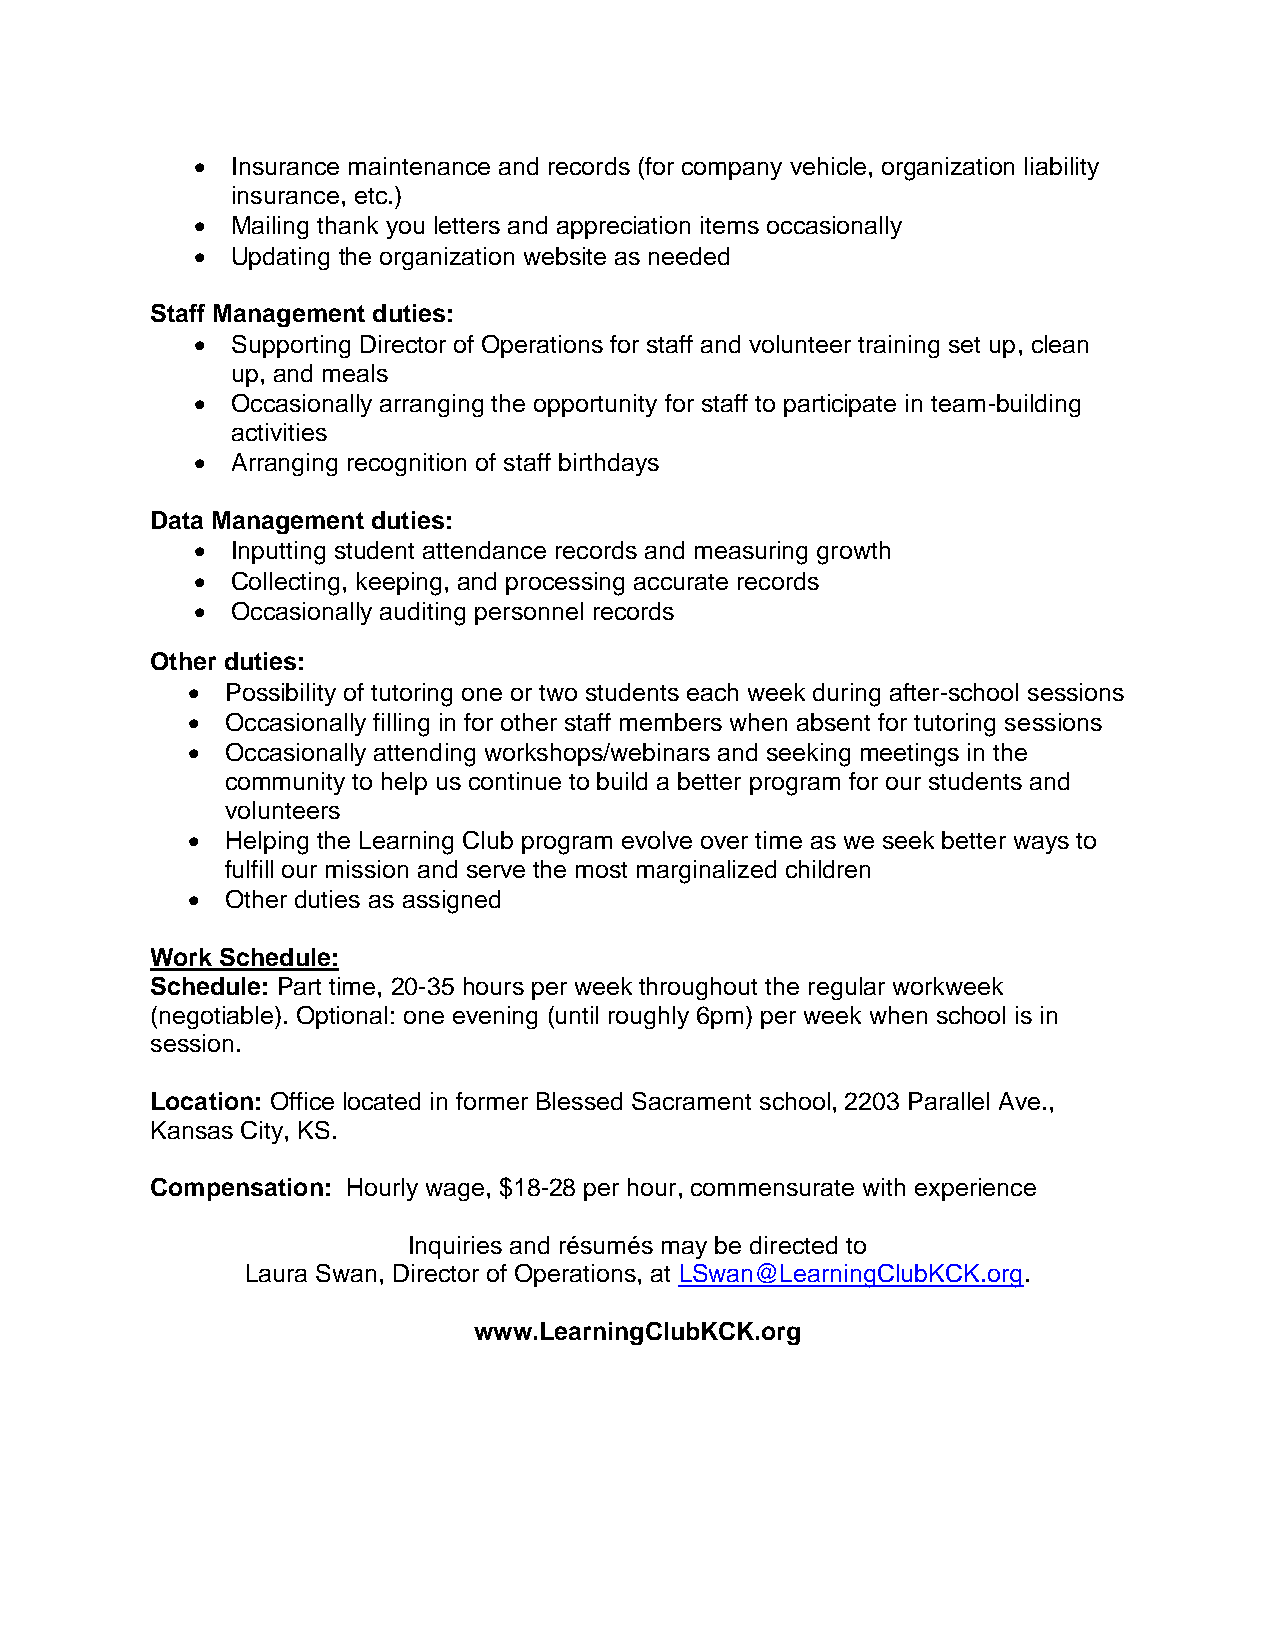
• Insurance maintenance and records (for company vehicle, organization liability
 insurance, etc.)
 • Mailing thank you letters and appreciation items occasionally
 • Updating the organization website as needed
 Staff Management duties:
 • Supporting Director of Operations for staff and volunteer training set up, clean
 up, and meals
 • Occasionally arranging the opportunity for staff to participate in team-building
 activities
 • Arranging recognition of staff birthdays
 Data Management duties:
 • Inputting student attendance records and measuring growth
 • Collecting, keeping, and processing accurate records
 • Occasionally auditing personnel records
 Other duties:
 •  Possibility of tutoring one or two students each week during after-school sessions
 •  Occasionally filling in for other staff members when absent for tutoring sessions
 •  Occasionally attending workshops/webinars and seeking meetings in the
 community to help us continue to build a better program for our students and
 volunteers
 •  Helping the Learning Club program evolve over time as we seek better ways to
 fulfill our mission and serve the most marginalized children
 •  Other duties as assigned
 Work Schedule:
 Schedule: Part time, 20-35 hours per week throughout the regular workweek
 (negotiable). Optional: one evening (until roughly 6pm) per week when school is in
 session.
 Location: Office located in former Blessed Sacrament school, 2203 Parallel Ave.,
 Kansas City, KS.
 Compensation: Hourly wage, $18-28 per hour, commensurate with experience
 Inquiries and résumés may be directed to
 Laura Swan, Director of Operations, at LSwan@LearningClubKCK.org.
 www.LearningClubKCK.org